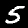
Label: 5